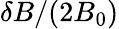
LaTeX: \delta B/(2B_{0})